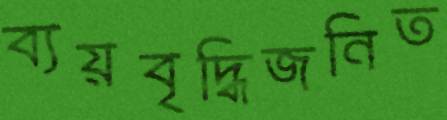
ব্যয়বৃদ্ধিজনিত